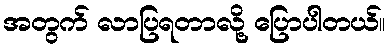
အတွက် လာပြရတာလို့ ပြောပါတယ်။